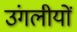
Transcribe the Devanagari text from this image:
उंगलीयों